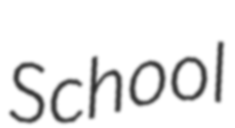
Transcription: School